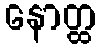
နောတ္ထ